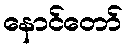
နောင်တော်